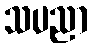
သပညာ